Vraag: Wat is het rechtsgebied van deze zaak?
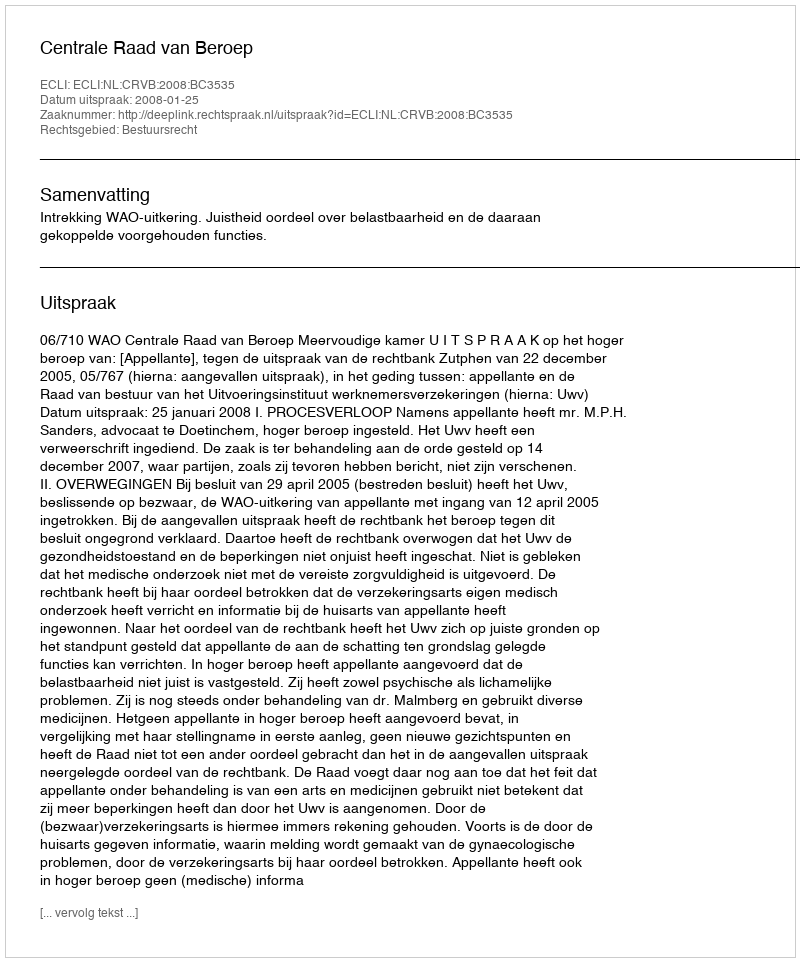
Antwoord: Bestuursrecht